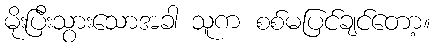
မိုးပြီးသွားသောအခါ သူက စစ်မပြင်ချင်တော့။